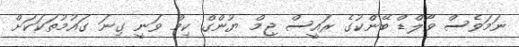
ނަމަވެސް ވޯލްޑް ބޭންކުގެ ރައީސް ޖިމް ޔުންގް ކިމް ވަނީ ގިނަ ގައުމުތަކަކަށް